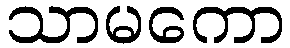
သာမကော